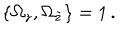
{ \{ \Omega _ { z } , \Omega _ { \tilde { z } } \} } = 1 \, .